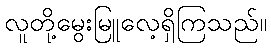
လူတို့မွေးမြူလေ့ရှိကြသည်။